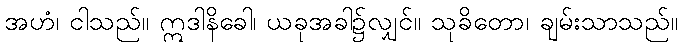
အဟံ၊ ငါသည်။ ဣဒါနိခေါ၊ ယခုအခါ၌လျှင်။ သုခိတော၊ ချမ်းသာသည်။